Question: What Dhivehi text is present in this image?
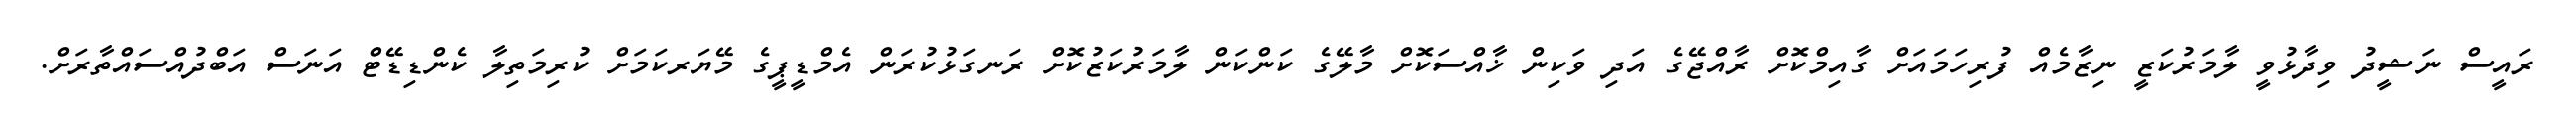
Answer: ރައީސް ނަޝީދު ވިދާޅުވީ ލާމަރުކަޒީ ނިޒާމެއް ފުރިހަމައަށް ގާއިމްކޮށް ރާއްޖޭގެ އަދި ވަކިން ޚާއްސަކޮށް މާލޭގެ ކަންކަން ލާމަރުކަޒުކޮށް ރަނގަޅުކުރަން އެމްޑީޕީގެ މޭޔަރކަމަށް ކުރިމަތިލާ ކެންޑިޑޭޓް އަނަސް އަބްދުއްސައްތާރަށް.